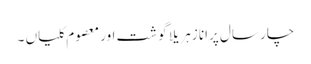
چار سال پرانا زہریلا گوشت اور معصوم کلیاں ۔